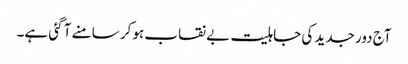
آج دور جدید کی جاہلیت بے نقاب ہو کر سامنے آ گئی ہے۔